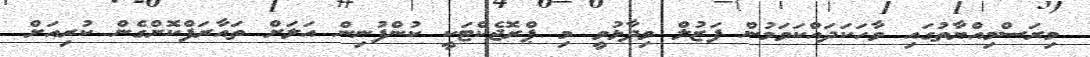
މިރަސްމިއްޔާތުގައި ވާހަކަދައްކަވަމުން ފަޒުލް ވިދާޅުވީ މި ޕްރޮޖެކްޓަކީ ކުންފުނިން އަލަށް ތައާރަފްކޮށްގެން ކުރިއަށް